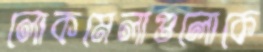
লোকমেলাগুলোকে